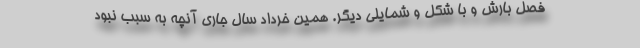
فصل بارش و با شكل و شمايلي ديگر. همين خرداد سال جاري آنچه به سبب نبود